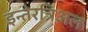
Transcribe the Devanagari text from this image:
इन्तेरत्रिअल